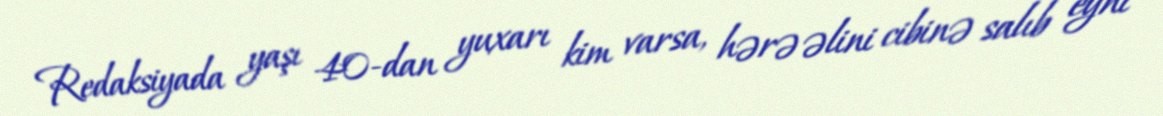
Redaksiyada yaşı 40-dan yuxarı kim varsa, hərə əlini cibinə salıb eyni